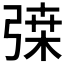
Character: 𢐇